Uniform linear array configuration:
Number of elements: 12
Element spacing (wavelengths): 1
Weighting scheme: blackman
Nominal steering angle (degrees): -60
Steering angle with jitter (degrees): -61.663
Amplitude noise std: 0.05
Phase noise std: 0.05

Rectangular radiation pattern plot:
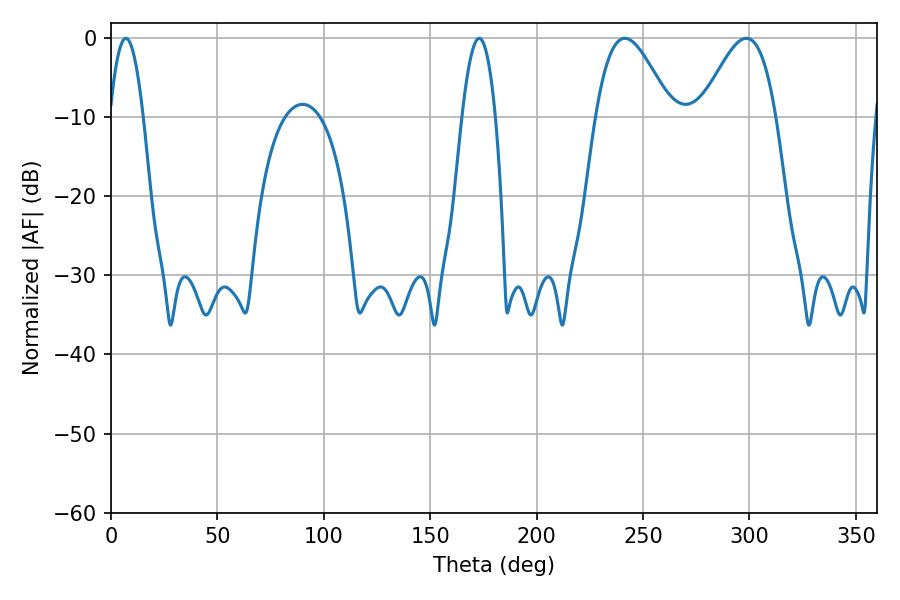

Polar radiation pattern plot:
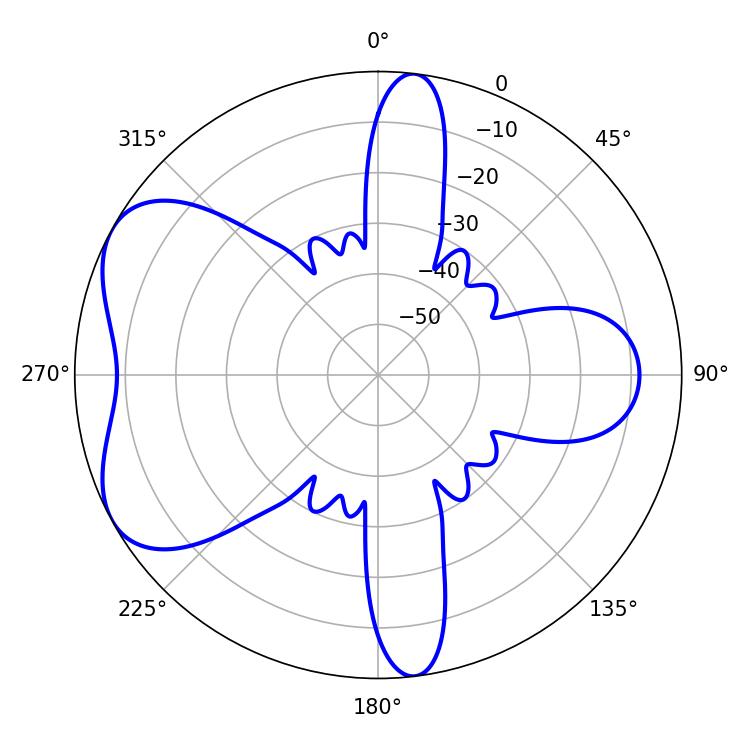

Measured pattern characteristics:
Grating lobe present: TRUE
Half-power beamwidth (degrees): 19.08
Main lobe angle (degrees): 241.38